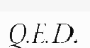
Q.E.D.